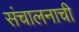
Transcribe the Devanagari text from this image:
संचालनाची